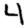
Digit: 4